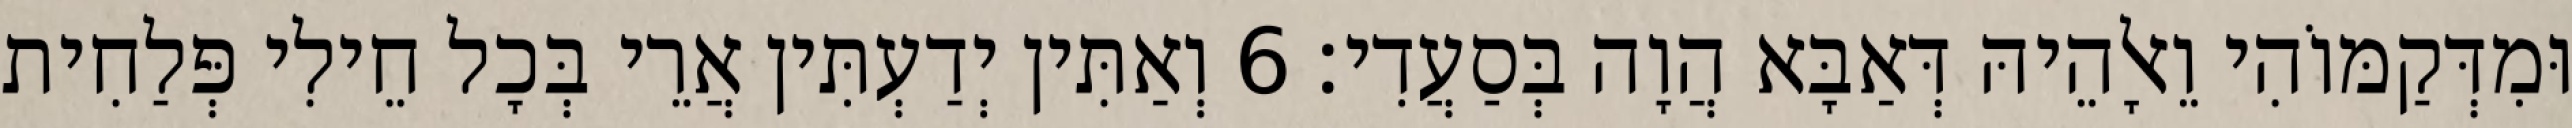
וּמִדְּקַמּוֹהִי וֵאלָהֵיהּ דְּאַבָּא הֲוָה בְּסַעֲדִי׃ 6 וְאַתִּין יְדַעְתִּין אֲרֵי בְּכָל חֵילִי פְּלַחִית